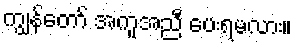
ကျွန်တော် အကူအညီ ပေးရမလား။